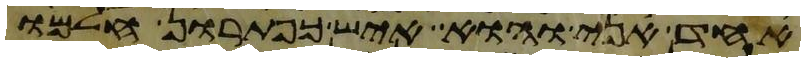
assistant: אחד אני והוא איש כפתרון חלמו